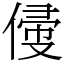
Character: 㑴